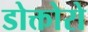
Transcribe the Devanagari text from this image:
डोक्तोरो